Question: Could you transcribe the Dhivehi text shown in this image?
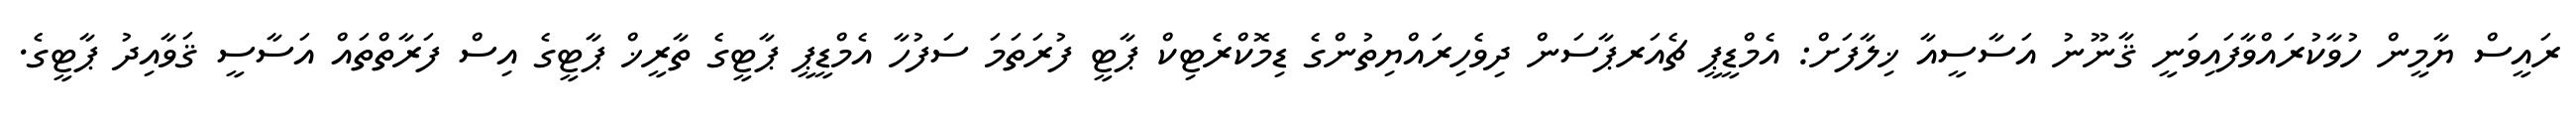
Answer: ރައީސް ޔާމީން ހުވާކުރައްވާފައިވަނީ ޤާނޫނު އަސާސީއާ ޚިލާފަށް: އެމްޑީޕީ ޗެއަރޕާސަން ދިވެހިރައްޔިތުންގެ ޑިމޮކްރެޓިކް ޕާޓީ ފުރަތަމަ ސަފުހާ އެމްޑީޕީ ޕާޓީގެ ތާރީޚް ޕާޓީގެ އިސް ފަރާތްތައް އަސާސީ ޤަވާއިދު ޕާޓީގެ.